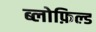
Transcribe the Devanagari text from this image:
ब्लोफ़िल्ड